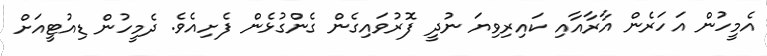
އެމީހުން އަހަރެން އާރާއާއި ކައިރިވިޔަ ނުދީ ފޮރުވައިގެން ގެންގުޅެން ފެށިއެވެ. ދެމީހުން ޑިއުޓީއަށް